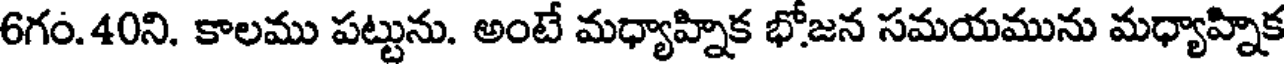
6గం.40ని. కాలము పట్టును. అంటే మధ్యాహ్నిక భోజన సమయమును మధ్యాహ్నిక